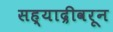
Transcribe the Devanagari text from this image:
सह्याद्रीवरून